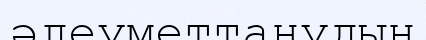
әлеуметтанудың